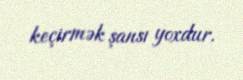
keçirmək şansı yoxdur.